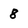
Character: 8